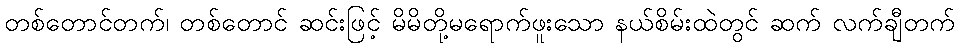
တစ်တောင်တက်၊ တစ်တောင် ဆင်းဖြင့် မိမိတို့မရောက်ဖူးသော နယ်စိမ်းထဲတွင် ဆက် လက်ချီတက်